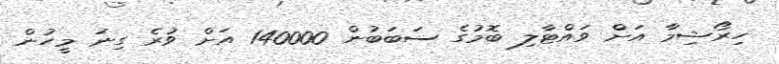
ހިރޯޝިމާ އަށް ވައްޓާލި ބޮމުގެ ސަބަބުން 140000 އަށް ވުރެ ގިނަ މީހުން